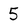
Character: 5